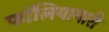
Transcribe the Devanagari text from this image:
फॉलियामारी